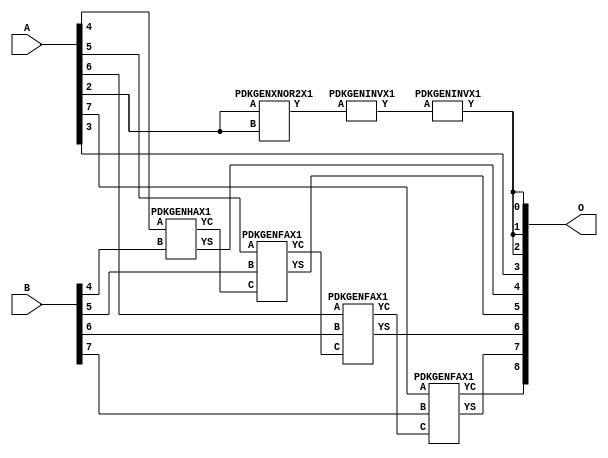
// Library = EvoApprox8b
// Circuit = add8_016
// Area   (180) = 528
// Delay  (180) = 0.830
// Power  (180) = 141.90
// Area   (45) = 39
// Delay  (45) = 0.310
// Power  (45) = 13.83
// Nodes = 7
// HD = 190592
// MAE = 5.31250
// MSE = 42.50000
// MRE = 2.83 %
// WCE = 15
// WCRE = 700 %
// EP = 93.8 %

module add8_016(A, B, O);
  input [7:0] A;
  input [7:0] B;
  output [8:0] O;
  wire [2031:0] N;

  assign N[0] = A[0];
  assign N[1] = A[0];
  assign N[2] = A[1];
  assign N[3] = A[1];
  assign N[4] = A[2];
  assign N[5] = A[2];
  assign N[6] = A[3];
  assign N[7] = A[3];
  assign N[8] = A[4];
  assign N[9] = A[4];
  assign N[10] = A[5];
  assign N[11] = A[5];
  assign N[12] = A[6];
  assign N[13] = A[6];
  assign N[14] = A[7];
  assign N[15] = A[7];
  assign N[16] = B[0];
  assign N[17] = B[0];
  assign N[18] = B[1];
  assign N[19] = B[1];
  assign N[20] = B[2];
  assign N[21] = B[2];
  assign N[22] = B[3];
  assign N[23] = B[3];
  assign N[24] = B[4];
  assign N[25] = B[4];
  assign N[26] = B[5];
  assign N[27] = B[5];
  assign N[28] = B[6];
  assign N[29] = B[6];
  assign N[30] = B[7];
  assign N[31] = B[7];

  PDKGENXNOR2X1 n36(.A(N[4]), .B(N[4]), .Y(N[36]));
  PDKGENINVX1 n92(.A(N[36]), .Y(N[92]));
  assign N[93] = N[92];
  PDKGENINVX1 n126(.A(N[93]), .Y(N[126]));
  assign N[127] = N[126];
  PDKGENHAX1 n232(.A(N[8]), .B(N[24]), .YS(N[232]), .YC(N[233]));
  PDKGENFAX1 n282(.A(N[10]), .B(N[26]), .C(N[233]), .YS(N[282]), .YC(N[283]));
  PDKGENFAX1 n332(.A(N[12]), .B(N[28]), .C(N[283]), .YS(N[332]), .YC(N[333]));
  PDKGENFAX1 n382(.A(N[14]), .B(N[30]), .C(N[333]), .YS(N[382]), .YC(N[383]));

  assign O[0] = N[127];
  assign O[1] = N[126];
  assign O[2] = N[126];
  assign O[3] = N[6];
  assign O[4] = N[232];
  assign O[5] = N[282];
  assign O[6] = N[332];
  assign O[7] = N[382];
  assign O[8] = N[383];

endmodule
/* mod */
module PDKGENHAX1( input A, input B, output YS, output YC );
    assign YS = A ^ B;
    assign YC = A & B;
endmodule
/* mod */
module PDKGENINVX1(input A, output Y );
     assign Y = ~A;
endmodule
/* mod */
module PDKGENFAX1( input A, input B, input C, output YS, output YC );
    assign YS = (A ^ B) ^ C;
    assign YC = (A & B) | (B & C) | (A & C);
endmodule
/* mod */
module PDKGENXNOR2X1(input A, input B, output Y );
     assign Y = ~(A ^ B);
endmodule